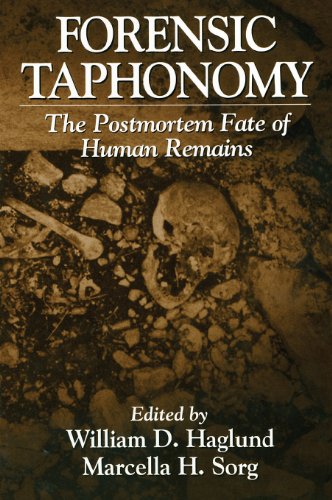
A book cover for Forensic Taphonomy: The Postmortem Fate of Human Remains (500 Tips); Medical Books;